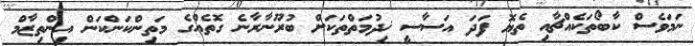
ނަމަވެސް ކާބޯތަކެއްޗާއި ތެޔޮ ފަދަ އަސާސީ ޚިދުމަތްތަކަށް ބުރޫނާރާނެ ގޮތެއްގެ މަތިންކަންކަން އިންތިޒާމް